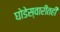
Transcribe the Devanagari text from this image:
घोडेस्वारीतही